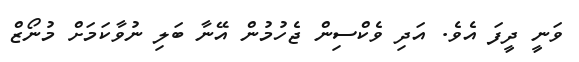
ވަނީ ދީފަ އެވެ. އަދި ވެކްސިން ޖެހުމުން އޭނާ ބަލި ނުވާކަމަށް މުނޯޒް